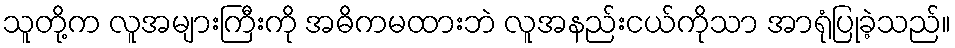
သူတို့က လူအများကြီးကို အဓိကမထားဘဲ လူအနည်းငယ်ကိုသာ အာရုံပြုခဲ့သည်။